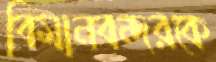
বিমানবন্দরকে